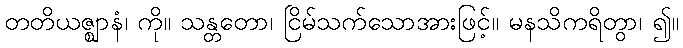
တတိယဇ္ဈာနံ၊ ကို။ သန္တတော၊ ငြိမ်သက်သောအားဖြင့်။ မနသိကရိတွာ၊ ၍။